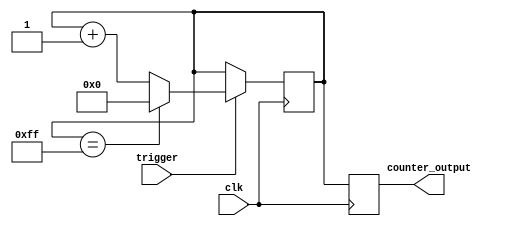
module counter (
    input wire trigger,
    input wire clk,
    output reg [7:0] counter_output
);

reg [7:0] counter_value;

always @ (posedge clk) begin
    if (trigger) begin
        if (counter_value == 8'hFF) begin
            counter_value <= 8'b0;
        end else begin
            counter_value <= counter_value + 1;
        end
    end
end

always @ (posedge clk) begin
    counter_output <= counter_value;
end

endmodule